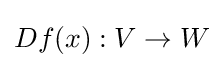
Df(x):V\to W